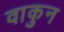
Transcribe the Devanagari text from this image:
वाकुन